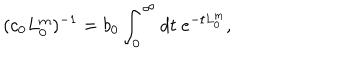
LaTeX: ( c _ { 0 } L _ { 0 } ^ { \mathrm { m } } ) ^ { - 1 } = b _ { 0 } \int _ { 0 } ^ { \infty } d t \ e ^ { - t L _ { 0 } ^ { \mathrm { m } } } ,